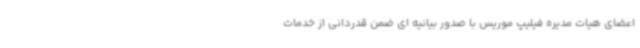
اعضای هیات مدیره فیلیپ موریس با صدور بیانیه ای ضمن قدردانی از خدمات